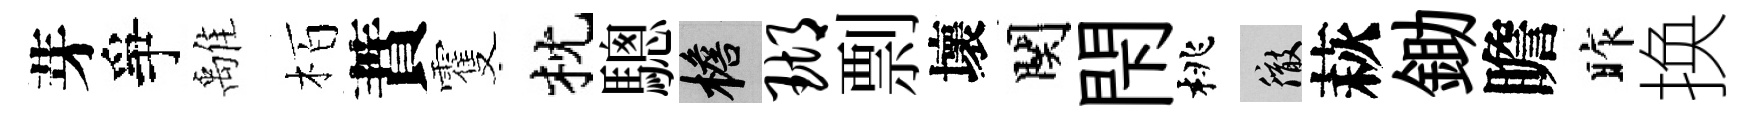
芽爭𩀌栢蕡䨥枕驄檐瑚剽壞関閇桃徹萩鋤瞻昨换